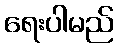
ရေးပါမည်